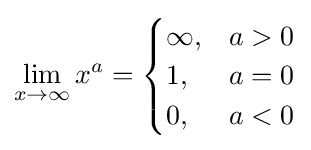
\lim _{x\to \infty }x^{a}={\begin{cases}\infty ,&a>0\\1,&a=0\\0,&a<0\end{cases}}